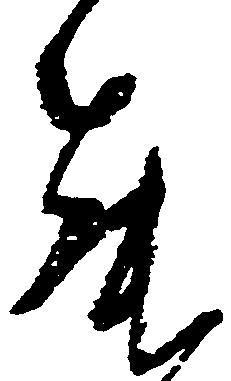
舞